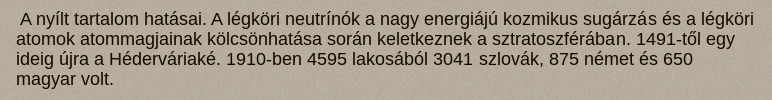
A nyílt tartalom hatásai. A légköri neutrínók a nagy energiájú kozmikus sugárzás és a légköri atomok atommagjainak kölcsönhatása során keletkeznek a sztratoszférában. 1491-től egy ideig újra a Héderváriaké. 1910-ben 4595 lakosából 3041 szlovák, 875 német és 650 magyar volt.